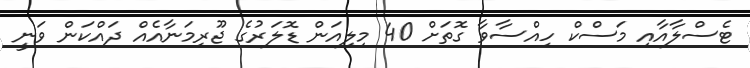
ޓެސްލާއާއި މަސްކް ހިއްސާވާ ގޮތަށް 40 މިލިއަން ޑޮލަރުގެ ޖޫރިމަނާއެއް ދައްކަން ވަނީ